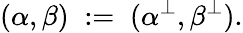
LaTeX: (\alpha,\beta)\; :=\; (\alpha^{\bot},\beta^{\bot}).